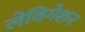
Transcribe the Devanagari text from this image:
लेविगेशन